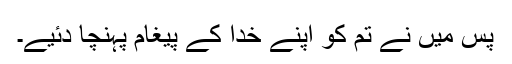
پس مَیں نے تم کو اپنے خدا کے پیغام پہنچا دئیے۔